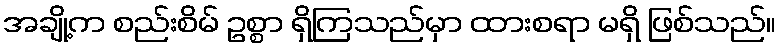
အချို့က စည်းစိမ် ဥစ္စာ ရှိကြသည်မှာ ထားစရာ မရှိ ဖြစ်သည်။